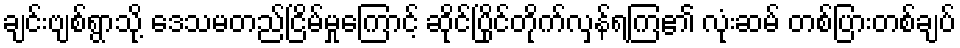
ချင်းဗျစ်ရွာသို့ ဒေသမတည်ငြိမ်မှုကြောင့် ဆိုင်ပြိုင်တိုက်လှန်ရကြ၏ လုံးဆမ် တစ်ပြားတစ်ချပ်